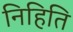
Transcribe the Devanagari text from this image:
निहिति